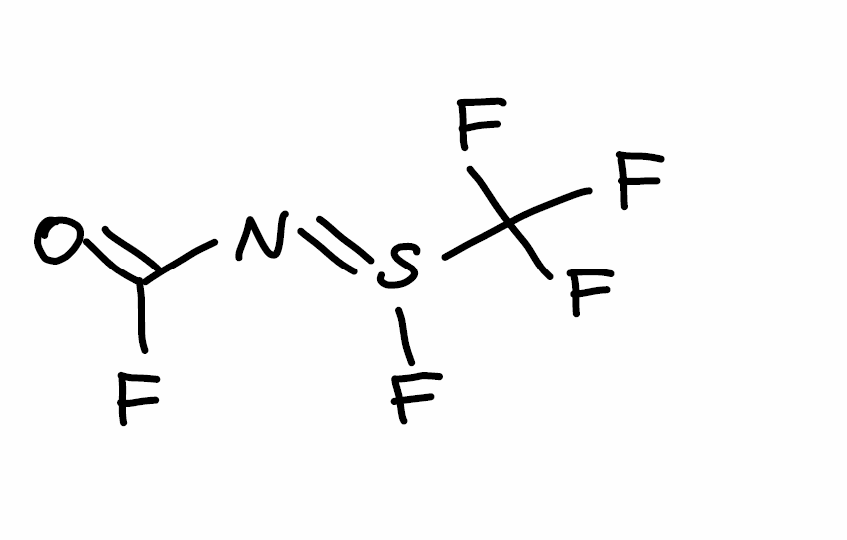
Simplified molecular-input line-entry system (SMILES) notation of the given molecule:
C(=O)(/N=S(/C(F)(F)F)\F)F